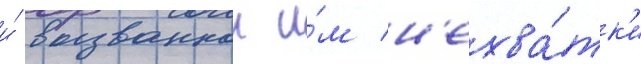
и́ вызваннои и́м н'ехва́тк'и